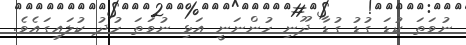
ނުވަތަ ކުޑަ ގުޑު ގުޑާ ދޫނި ހުންނަނީ އަޅި ނުވަތަ ހުދު ކުލައިގައެވެ.